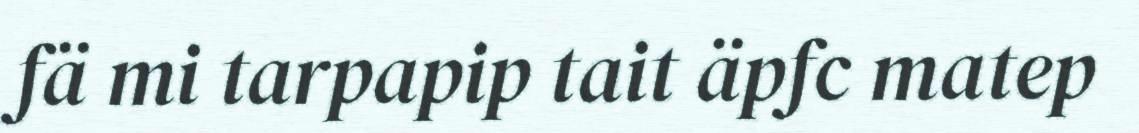
fä mi tarpapip tait äpfc matep